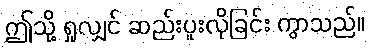
ဤသို့ ရှုလျှင် ဆည်းပူးလိုခြင်း ကွာသည်။